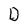
Character: D